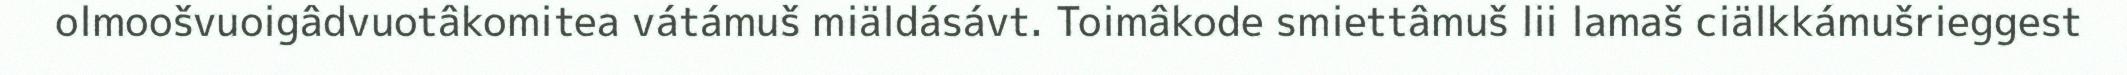
olmoošvuoigâdvuotâkomitea vátámuš miäldásávt. Toimâkode smiettâmuš lii lamaš ciälkkámušrieggest